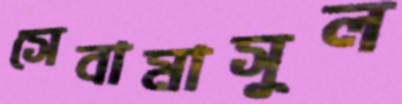
সেবামাসুল